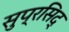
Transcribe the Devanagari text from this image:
सुप्रसिद्